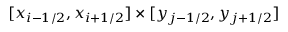
[ x _ { i - 1 / 2 } , x _ { i + 1 / 2 } ] \times [ y _ { j - 1 / 2 } , y _ { j + 1 / 2 } ]